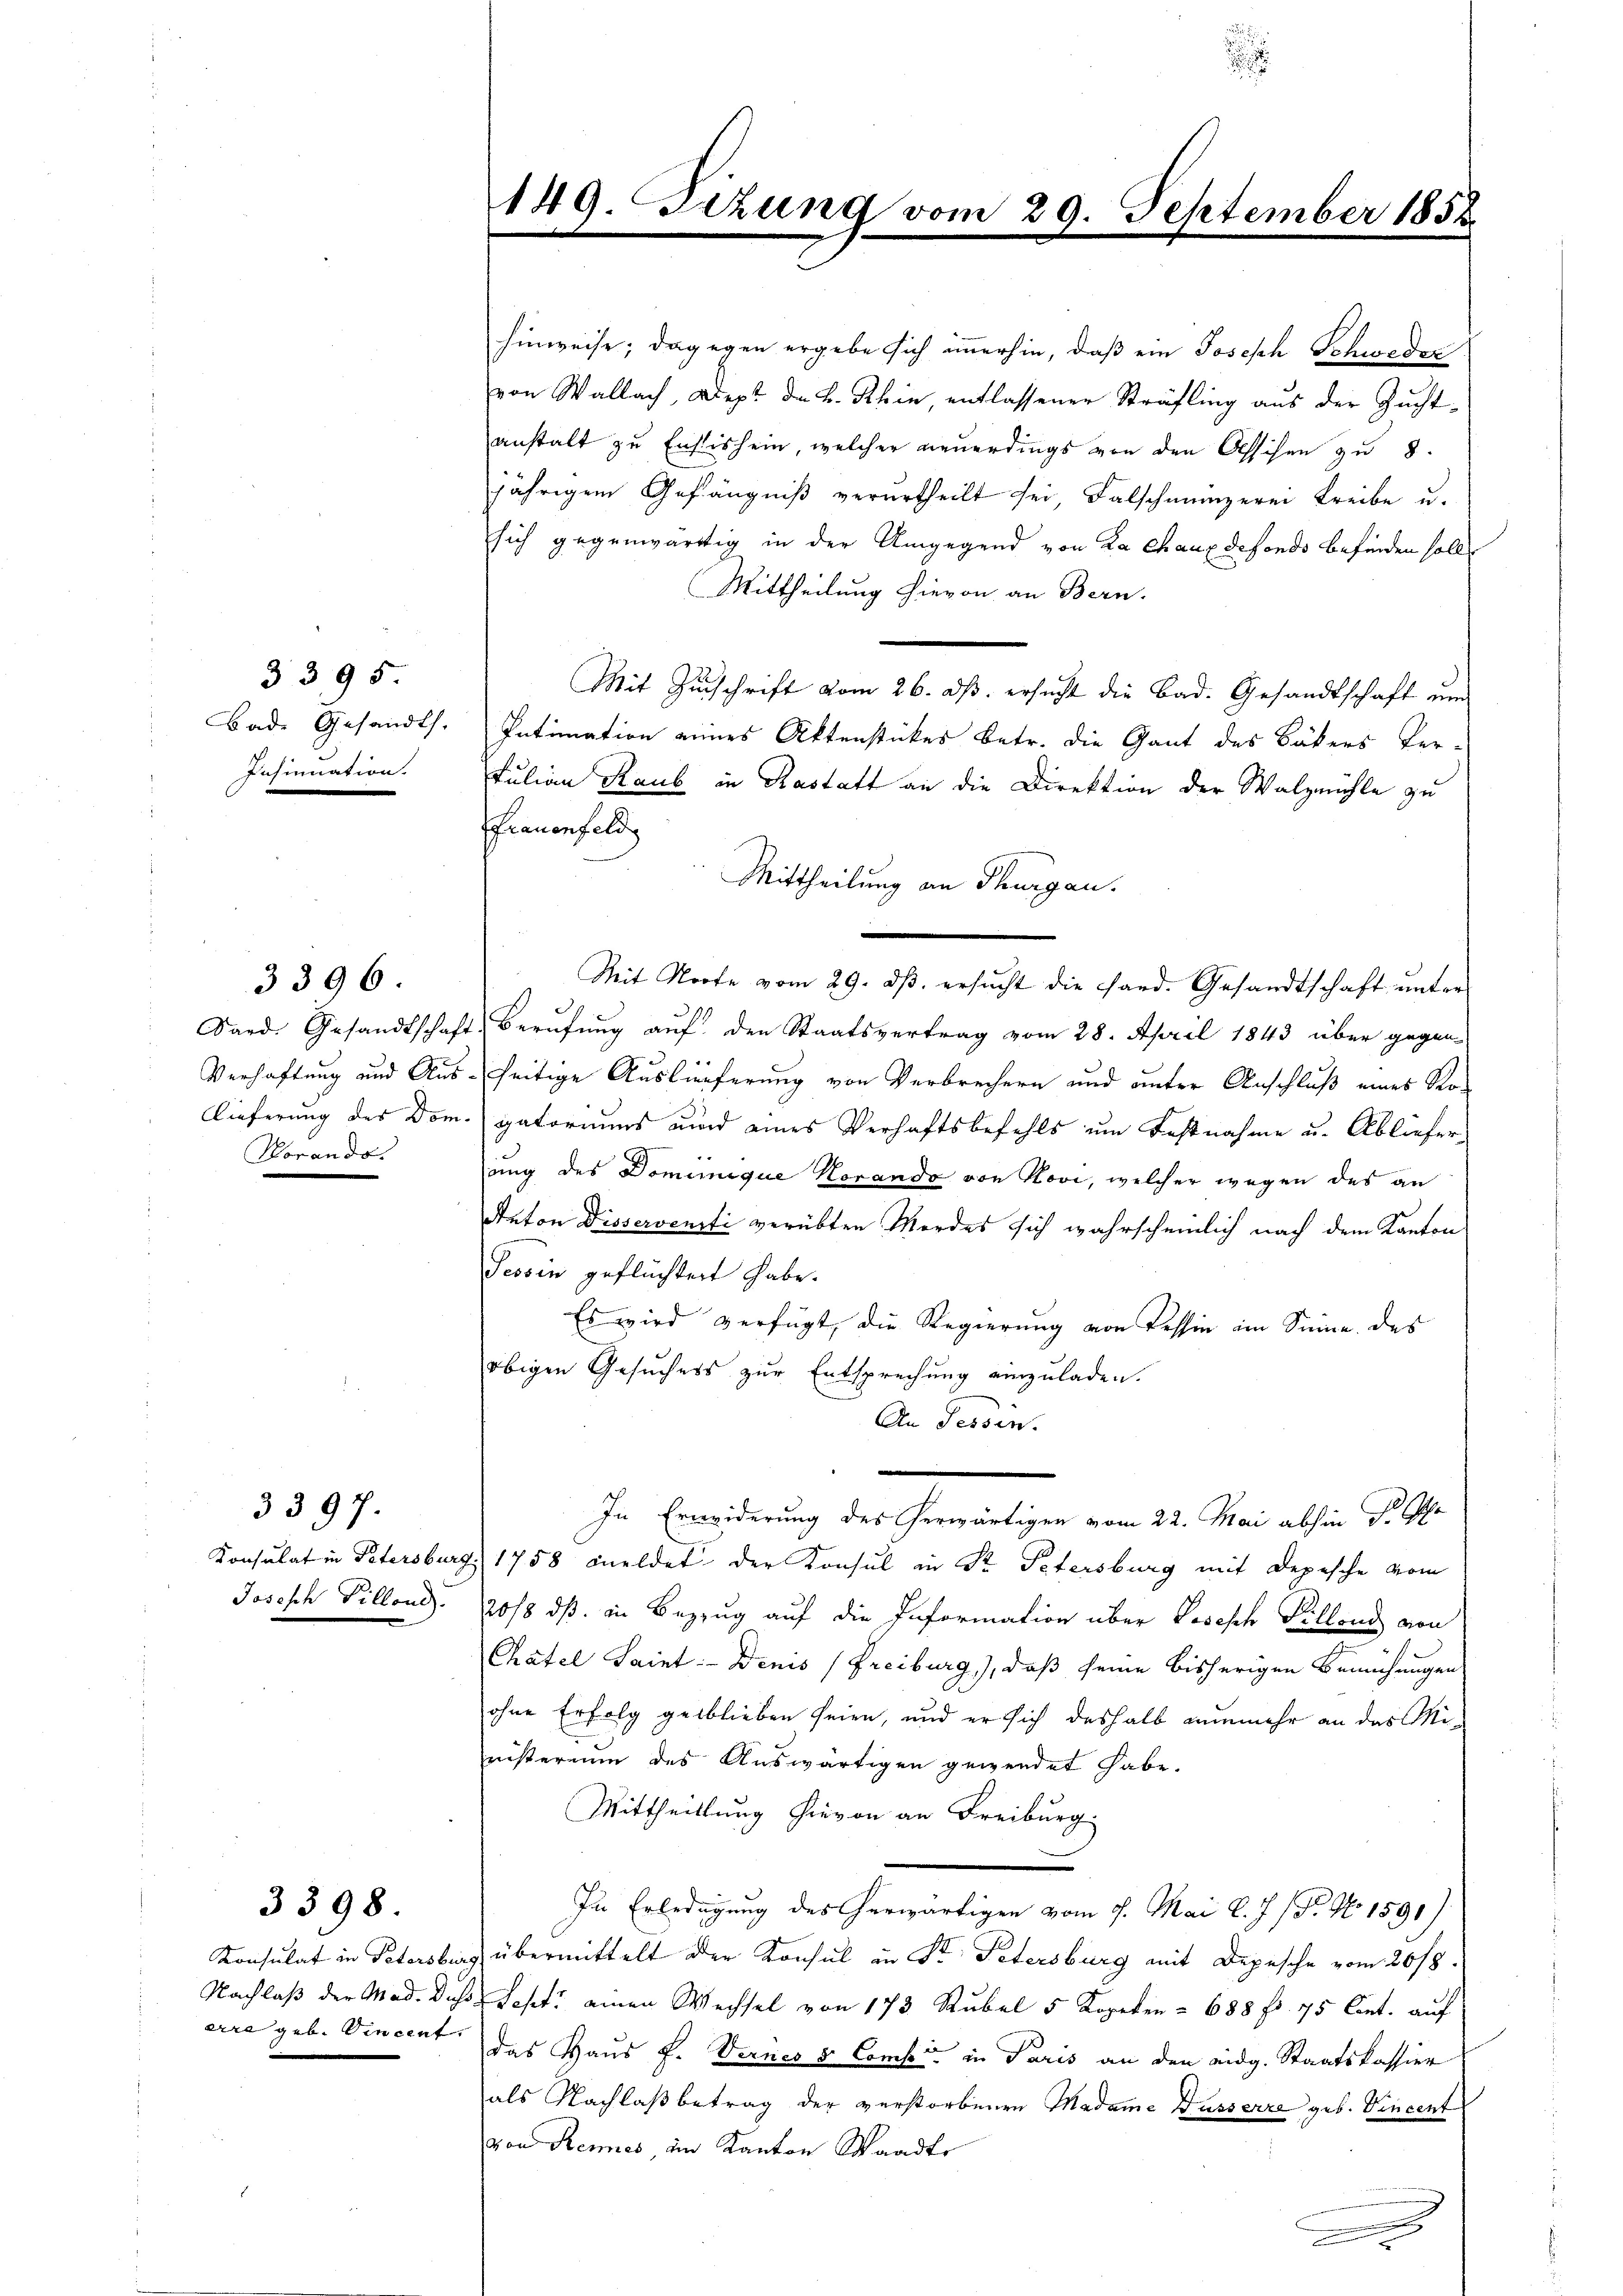
3395
Bade Gesandts
ensinuation.

Dard. Gesandtschaft
Vorandos

3396.

3397.

Josisch Tillone.

3398.

erre geb. Vincent.

hinweise; dagegen ergebe sich immerhin, daß ein Joseph Schweder
von Wallach, Dept der L. Rhin, entlassener Sträfling aus der Zuchtanstalt zu Instischein, welcher neuerdings von den Assichen zu 8
jährigem Gefängniß verurtheilt sei, Falschmünzerei Treibe u.
sich gegenwärtig in der Umgegend von La Chaux defondo befinden soll.
Mittheilung hievon an Bern.
Mit Zuschrift vom 26. ds. ersucht die Bad. Gesandtschaft un
Intimation eines Aktenstückes betr. die Gant des Bäkers Ver-
Julian Raub in Kastatt an die Direktion der Walzmühle zu
Frauenfeld
Mit Worte vom 29. dβ. ersŭcht die Hand. Gesandtschaft ŭnter
Berufung auf den Staatsvertrag vom 28. April 1843 über gegen-
Verhaftung und Aus-seitige Auslieferung von Verbrechern und unter Anschluß eines Rolieferung des Dom. gatoriums und eines Verhaftsbefehls um Fastnahme u. Abliefer
ung des Dominique Korando von Novi, welcher wegen des an
Anton Disservensti verübten Mordes sich wahrscheinlich nach dem Kanton
Tessin geflüchtert habe.
Es wird verfügt, die Regierung von Tessin im Sinne des
obigen Gesuchers zur Entsprechung einzuladen.
An Tessin.
.
In Erwiderung des herwärtigen vom 22. Mai abhin dr Er
Konsulat in Petersburg 1758 meldet der Konsul in Sr. Petersburg mit Depesche vom
20/8 dß in Bezug auf die Information über Joseph Pillend von
Chatel Saint: Denis (Freiburg), daß seine bisherigen Bemühungen
ohne Erfolg geblieben seien, und er sich deshalb nunmehr an das Ministerium des Auswärtigen gewendet habe.
Mittheillung hievon an Freiburg.
In Erledigung des herwärtigen vom 7. Mai l. J. / Dr. No 1591)
Konsulat in Petersburg übermittelt der Konsul in Sr Petersburg mit Depesche vom 26/8.
Nachlaß der Mad. Duso. Sept. einen Wechsel von 173 Rubel 5 Kopeken = 688 f. 75 Cent. auf
das Haus f. Vernes & Comp. in Paris an den eidg. Staatskassier
als Nachlaß betrag der verstorbenen Madame Busserre geb. Vincent
von Rennes im Kanton Waadte

149. Sizung von

Mittheilung an Thurgau.

29. September 1852

.